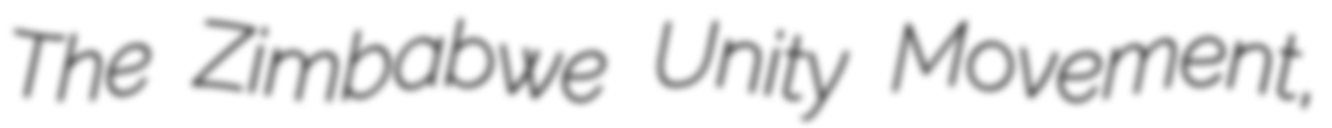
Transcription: The Zimbabwe Unity Movement,